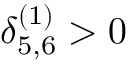
\delta _ { 5 , 6 } ^ { ( 1 ) } > 0